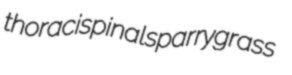
thoracispinal sparrygrass